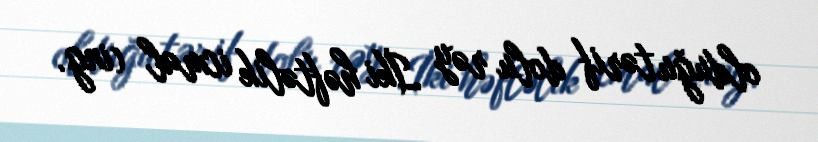
olduğu tərif dolu rəy İki həftəlik icmal (ing.